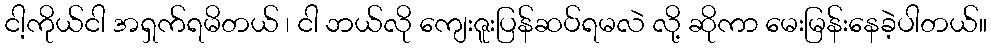
ငါ့ကိုယ်ငါ အရှက်ရမိတယ် ၊ ငါ ဘယ်လို ကျေးဇူးပြန်ဆပ်ရမလဲ လို့ ဆိုကာ မေးမြန်းနေခဲ့ပါတယ်။